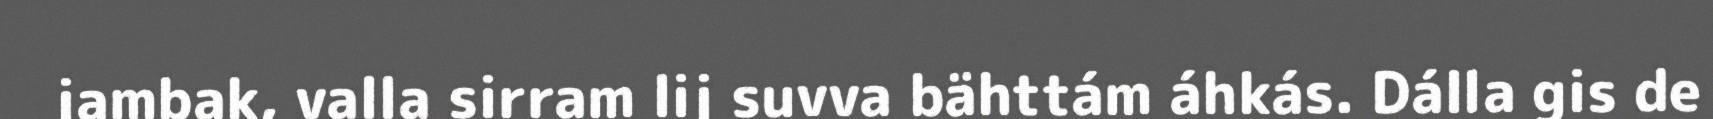
jambak, valla sirram lij suvva bähttám áhkás. Dálla gis de